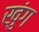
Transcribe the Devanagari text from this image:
खुंग